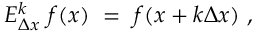
E _ { \Delta x } ^ { k } \ f ( x ) \ = \ f ( x + k \Delta x ) \ ,